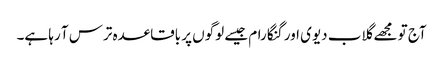
آج تو مجھے گلاب دیوی اور گنگا رام جیسے لوگوں پر باقاعدہ ترس آ رہا ہے۔